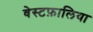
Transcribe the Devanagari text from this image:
वेस्टफ़ालिया